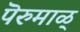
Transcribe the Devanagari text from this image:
पॆरुमाळ्